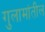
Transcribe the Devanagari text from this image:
गुलामांतील